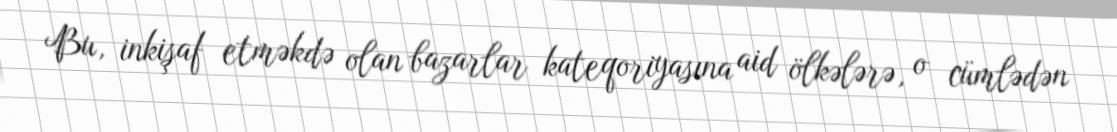
Bu, inkişaf etməkdə olan bazarlar kateqoriyasına aid ölkələrə, o cümlədən